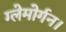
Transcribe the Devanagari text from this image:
ग्लेमोर्गन।